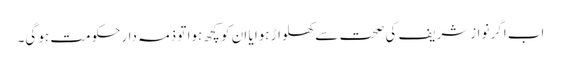
اب اگر نوازشریف کی صحت سے کھلواڑ ہوا یا ان کو کچھ ہوا تو ذمہ دارحکومت ہو گی۔